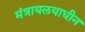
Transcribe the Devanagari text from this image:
मंत्रायलयाधीन